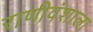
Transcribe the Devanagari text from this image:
राणीवंशाला